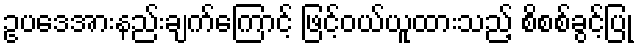
ဥပဒေအားနည်းချက်ကြောင့် ဖြင့်ဝယ်ယူထားသည့် စိစစ်ခွင့်ပြု